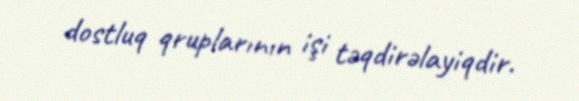
dostluq qruplarının işi təqdirəlayiqdir.